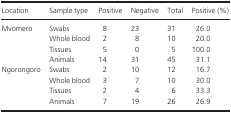
| Location | Sample type | Positive | Negative | Total | Positive (%) |
 | --- | --- | --- | --- | --- | --- |
 | Mvomero | Swabs | 8 | 23 | 31 | 26.0 |
 |  | Whole blood | 2 | 8 | 10 | 20.0 |
 |  | Tissues | 5 | 0 | 5 | 100.0 |
 |  | Animals | 14 | 31 | 45 | 31.1 |
 | Ngorongoro | Swabs | 2 | 10 | 12 | 16.7 |
 |  | Whole blood | 3 | 7 | 10 | 30.0 |
 |  | Tissues | 2 | 4 | 6 | 33.3 |
 |  | Animals | 7 | 19 | 26 | 26.9 |